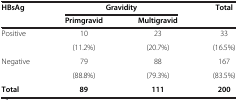
| HBsAg | <COLSPAN=2> Gravidity | Total |
 | --- | --- | --- | --- |
 |  | Primgravid | Multigravid |  |
 | Positive | 10 | 23 | 33 |
 |  | (11.2%) | (20.7%) | (16.5%) |
 | Negative | 79 | 88 | 167 |
 |  | (88.8%) | (79.3%) | (83.5%) |
 | Total | 89 | 111 | 200 |